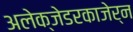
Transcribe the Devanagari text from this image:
अलेक्जेडरकाजेर्न